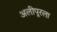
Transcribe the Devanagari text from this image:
अलीपूरला